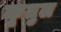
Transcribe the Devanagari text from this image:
कृतुल